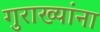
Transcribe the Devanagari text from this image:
गुराख्यांना